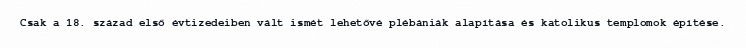
Csak a 18. század első évtizedeiben vált ismét lehetővé plébániák alapítása és katolikus templomok építése.